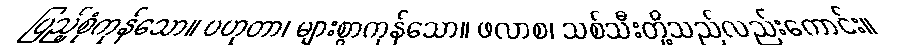
ပြည့်စုံကုန်သော။ ပဟုတာ၊ များစွာကုန်သော။ ဖလာစ၊ သစ်သီးတို့သည်လည်းကောင်း။